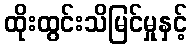
ထိုးထွင်းသိမြင်မှုနှင့်